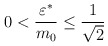
\begin{align*}0<\frac{\varepsilon^\ast}{ m_0}\le\frac{1}{\sqrt{2}}\end{align*}